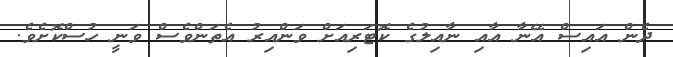
ދެން އައިސް އޭނާ އާއި ނާއިލުގެ ކޮޓަރިއަށް ވަންއިރު އެތަންވެސް ވަނީ ހުސްކޮށެވެ.